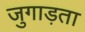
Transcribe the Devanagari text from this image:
जुगाड़ता